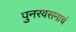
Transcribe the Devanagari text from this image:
पुनरवसनाचं